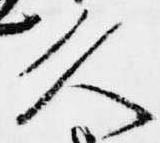
久